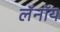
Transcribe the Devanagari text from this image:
लॅनॉय